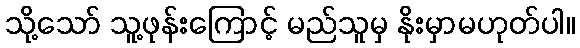
သို့သော် သူ့ဖုန်းကြောင့် မည်သူမှ နိုးမှာမဟုတ်ပါ။